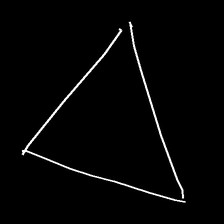
Glyph: convergence